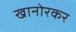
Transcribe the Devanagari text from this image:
खानोरकर